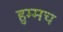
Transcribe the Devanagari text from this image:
हुम्मच